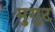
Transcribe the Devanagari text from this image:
मुगुट